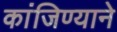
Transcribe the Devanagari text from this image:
कांजिण्याने